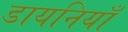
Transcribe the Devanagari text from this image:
डायनियाँ